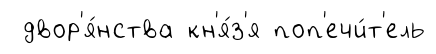
двор'я́нства кн'я́з'я поп'ечи́т'ель